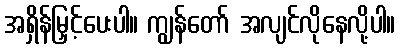
အရှိန်မြှင့်ပေးပါ။ ကျွန်တော် အလျင်လိုနေလို့ပါ။